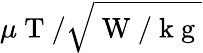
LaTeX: \mu\mathrm{~T~}/\sqrt{\mathrm{~W~/~k~g~}}